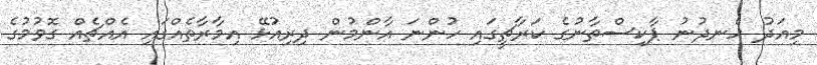
މިއަދު ހެނދުނު ޕާކިސްތާނުގެ ކަރާޗީގައި ހުންނަ އާންމުން ދިރިއުޅޭ އިމާރާތެއްގައި އެއްޗެއް ގޮވުމުގެ